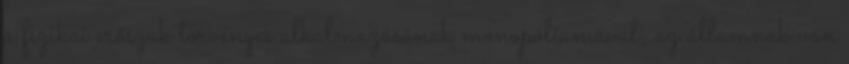
a fizikai erőszak törvényes alkalmazásának monopóliumával; az államnak van